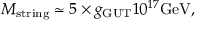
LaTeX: M _ { \mathrm { s t r i n g } } \simeq 5 \times g _ { \mathrm { G U T } } 1 0 ^ { 1 7 } \mathrm { G e V } ,